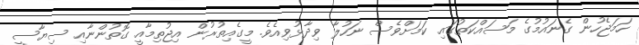
ހަމަޖެހުން ގެނައުމުގެ މަސައްކަތުގައި ކަމަށްވެސް ނަހުލާ ވިދާޅުވިއެވެ. މީގެއިތުރުން އިޖުތިމާއީ ގޮތުންނާއި ސިޔާސީ